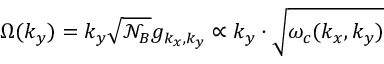
{ \Omega } ( k _ { y } ) = k _ { y } \sqrt { \mathcal { N } _ { B } } g _ { k _ { x } , k _ { y } } \propto k _ { y } \cdot \sqrt { \omega _ { c } ( k _ { x } , k _ { y } ) }